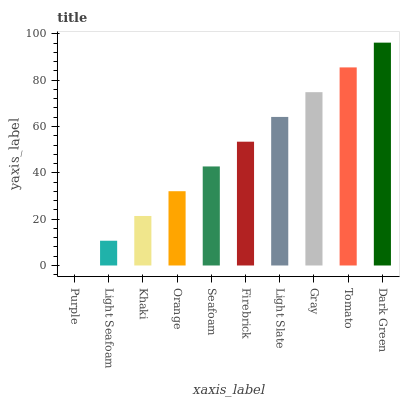
| xaxis_label | bars |
 | --- | --- |
 | Purple | 0 |
 | Light Seafoam | 10.7 |
 | Khaki | 21.4 |
 | Orange | 32.1 |
 | Seafoam | 42.8 |
 | Firebrick | 53.4 |
 | Light Slate | 64.1 |
 | Gray | 74.8 |
 | Tomato | 85.5 |
 | Dark Green | 96.2 |